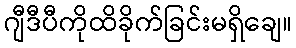
ဂျီဒီပီကိုထိခိုက်ခြင်းမရှိချေ။